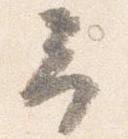
予